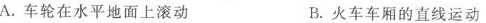
A.车轮在水平地面上滚动 B.火车车厢的直线运动